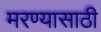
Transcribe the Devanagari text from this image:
मरण्यासाठी